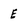
Character: E